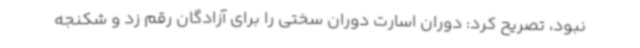
نبود، تصریح کرد: دوران اسارت دوران سختی را برای آزادگان رقم زد و شکنجه